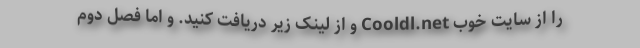
را از سایت خوب Cooldl.net و از لینک زیر دریافت کنید. و اما فصل دوم